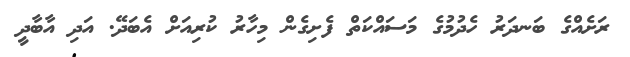
ރަށެއްގެ ބަނދަރު ހެދުމުގެ މަސައްކަތް ފެށިގެން މިހާރު ކުރިއަށް އެބަދޭ. އަދި އާބާދީ